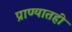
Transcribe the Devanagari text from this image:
प्राण्यातही